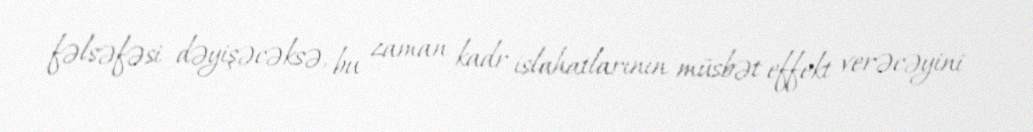
fəlsəfəsi dəyişəcəksə, bu zaman kadr islahatlarının müsbət effekt verəcəyini